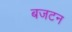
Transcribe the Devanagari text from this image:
बजटन